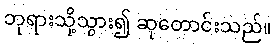
ဘုရားသို့သွား၍ ဆုတောင်းသည်။